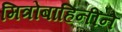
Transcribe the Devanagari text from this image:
मित्रोबाहिनीने